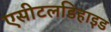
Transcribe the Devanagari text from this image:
एसीटलडिहाइड